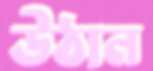
উঠান